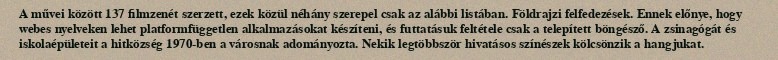
A művei között 137 filmzenét szerzett, ezek közül néhány szerepel csak az alábbi listában. Földrajzi felfedezések. Ennek előnye, hogy webes nyelveken lehet platformfüggetlen alkalmazásokat készíteni, és futtatásuk feltétele csak a telepített böngésző. A zsinagógát és iskolaépületeit a hitközség 1970-ben a városnak adományozta. Nekik legtöbbször hivatásos színészek kölcsönzik a hangjukat.